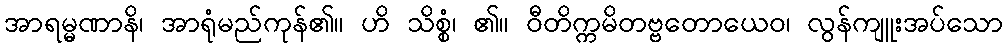
အာရမ္မဏာနိ၊ အာရုံမည်ကုန်၏။ ဟိ သိစ္စံ၊ ၏။ ဝီတိက္ကမိတဗ္ဗတောယေဝ၊ လွန်ကျူးအပ်သော